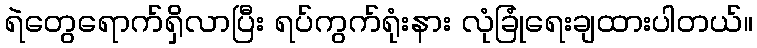
ရဲတွေရောက်ရှိလာပြီး ရပ်ကွက်ရုံးနား လုံခြုံရေးချထားပါတယ်။